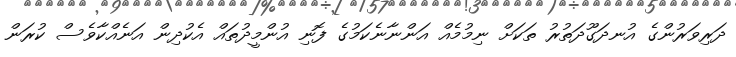
ދަރިވަރުންގެ އުނދަގޫދަތުރު ތަކަށް ނިމުމެއް އަންނާނެކަމުގެ ފޮނި އުންމީދުތައް އެކުދިން އަނެއްކާވެސް ކުރަން